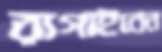
রাগাইবেন